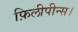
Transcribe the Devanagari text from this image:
फ़िलीपीन्स।